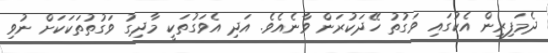
ދެމަފިރިން އެކުގައި ވަގުތު ހޭދަކުރަން ވާނެއެވެ. އަދި އެވަގުތަކީ މާދިގު ވަގުތުތަކަކަށް ނުވި